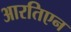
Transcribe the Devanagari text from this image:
आरतिएन